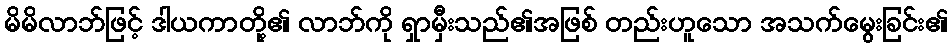
မိမိလာဘ်ဖြင့် ဒါယကာတို့၏ လာဘ်ကို ရှာမှီးသည်၏အဖြစ် တည်းဟူသော အသက်မွေးခြင်း၏